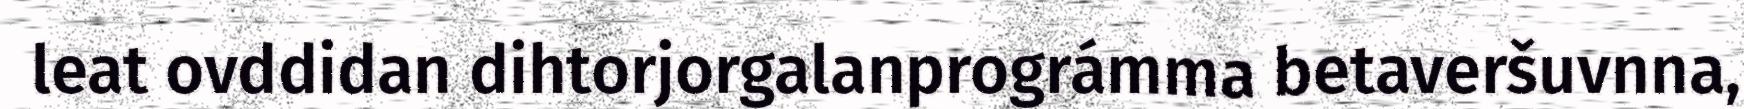
leat ovddidan dihtorjorgalanprográmma betaveršuvnna,